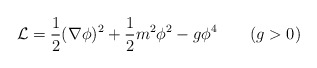
\begin{align*}{\cal L}={1\over2}(\nabla\phi)^2+{1\over2}m^2\phi^2-g\phi^4\qquad(g>0)\end{align*}